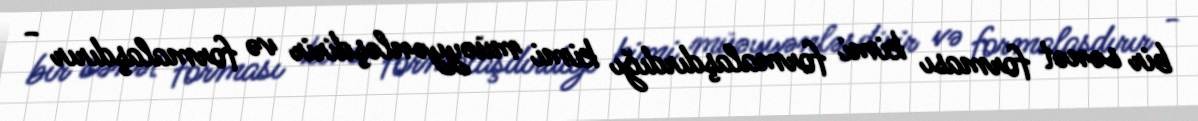
bir sənət forması kimi formalaşdırdığı kimi müəyyənləşdirir və formalaşdırır -